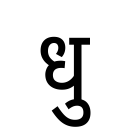
OCR:
धु